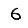
Digit: 6